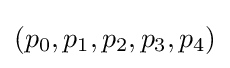
(p_{0},p_{1},p_{2},p_{3},p_{4})